Materia medica of Madras volume I
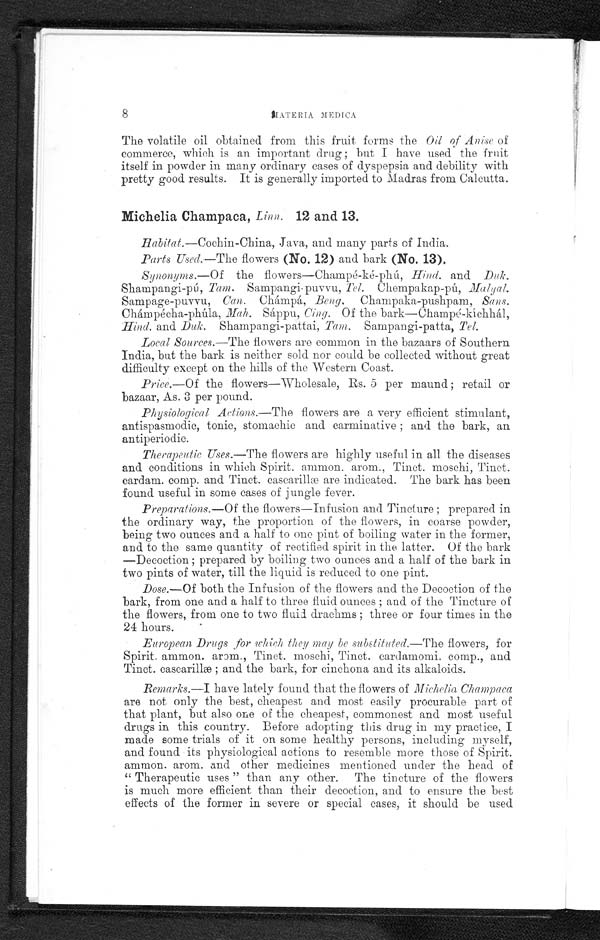
8
MATERTA MEDICA
The volatile oil obtained from this fruit forms the Oil of Anise of
commerce, which is an important drug; but I have used the fruit
itself in powder in many ordinary cases of dyspepsia and debility with
pretty good results. It is generally imported to Madras from Calcutta.
Michelia Champaca, Linn. 12 and 13.
Habitat.—Cochin-China, Java, and many parts of India.
Parts Used.—The flowers (No. 12) and bark (No. 13).
Synonyms.—Of the flowers—Champé-ké-phú, Hind. and Duk.
Shampangi-pú, Tam. Sampangi-puvvu, Tel. Chempakap-pú, Malyal.
Sampage-puvvu, Can. Chámpá, Beng. Champaka-pushpam, Sans.
Chámpécha-phúla, Mah. Sáppu, Cing. Of the bark—Champé-kíchhál,
H ind. and Duk. Shampangi-pattai, Tam. Sampangi-patta, Tel.
Local Sources.— The flowers are common in the bazaars of Southern
India, but the bark is neither sold nor could be collected without great
difficulty except on the hills of the Western Coast.
Price.—Of the flowers—Wholesale, Rs. 5 per maund; retail or
bazaar, As. 3 per pound.
Physiological Actions.— The flowers are a very efficient stimulant,
antispasmodic, tonic, stomachic and carminative; and the bark, an
antiperiodic.
Therapeutic Uses.— The flowers are highly useful in all the diseases
and conditions in which Spirit. ammon. arom., Tinct. moschi, Tinct.
cardam. comp. and Tinct. cascarillæ are indicated. The bark has been
found useful in some cases of jungle fever.
Preparations.—Of the flowers—Infusion and Tincture; prepared in
the ordinary way, the proportion of the flowers, in coarse powder,
being two ounces and a half to one pint of boiling water in the former,
and to the same quantity of rectified spirit in the latter. Of the bark
—Decoction; prepared by boiling two ounces and a half of the bark in
two pints of water, till the liquid is reduced to one pint.
Dose.—Of both the Infusion of the flowers and the Decoction of the
bark, from one and a half to three fluid ounces; and of the Tincture of
the flowers, from one to two fluid drachms; three or four times in the
24 hours.
European Drugs ,for which they may be substituted.— The flowers, for
Spirit. ammon. arom., Tinct. moschi, Tinct. cardamomi, comp., and
Tinct. cascarillæ; and the bark, for cinchona and its alkaloids.
Remarks.—I have lately found that the flowers of Michelia Champaca
are not only the best, cheapest and most easily procurable part of
that plant, but also one of the cheapest, commonest and most useful
drugs in this country. Before adopting this drug in my practice, I
made some trials of it on some healthy persons, including myself,
and found its physiological actions to resemble more those of Spirit.
ammon. arom. and other medicines mentioned under the head of
"Therapeutic uses" than any other. The tincture of the flowers
is much more efficient than their decoction, and to ensure the best
effects of the former in severe or special cases, it should be used